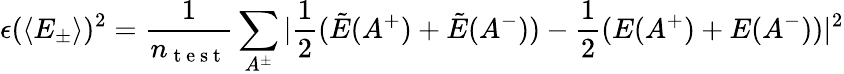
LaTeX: \epsilon(\langle E_{\pm}\rangle)^{2}=\frac{1}{n_{\mathrm{~t~e~s~t~}}}\sum_{A^{\pm}}|\frac{1}{2}(\tilde{E}(A^{+})+\tilde{E}(A^{-}))-\frac{1}{2}({E}(A^{+})+{E}(A^{-}))|^{2}